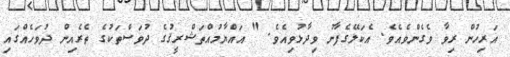
އަރިހުން ރިވާ ވެގެންވެއެވެ. އެކަލޭގެފާނު ވިދާޅުވިއެވެ. " އައްޔާމުއްތަޝްރީޤުގެ ދުވަސްތަކުގެ ތެރެއިން ދުވަހެއްގައި